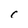
Character: C